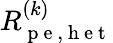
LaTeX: R_{\mathrm{~p~e~,~h~e~t~}}^{(k)}